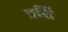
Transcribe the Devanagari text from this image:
प्रसि